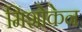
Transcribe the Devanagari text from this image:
मिशोकेन